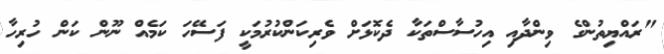
"ރައްޔިތުންގެ ވިންދާއި އިހުސާސްތަކާ ދެކޮޅަށް ވެރިކަންކުރުމަކީ ފަސޭހަ ކަމެއް ނޫން ކަން ހުރިހާ